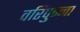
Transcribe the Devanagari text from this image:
वरिपुन्‍ना